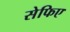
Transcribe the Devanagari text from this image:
सेफिए